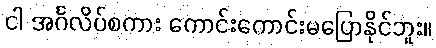
ငါ အင်္ဂလိပ်စကား ကောင်းကောင်းမပြောနိုင်ဘူး။